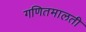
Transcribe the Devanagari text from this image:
गणितमालती